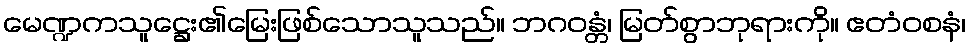
မေဏ္ဍကသူဋ္ဌေး၏မြေးဖြစ်သောသူသည်။ ဘဂဝန္တံ၊ မြတ်စွာဘုရားကို။ ဧတံဝစနံ၊